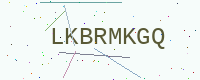
Text: LKBRMKGQ